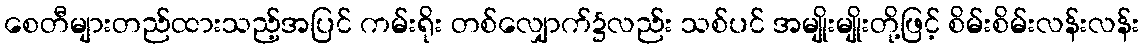
စေတီများတည်ထားသည့်အပြင် ကမ်းရိုး တစ်လျှောက်၌လည်း သစ်ပင် အမျိုးမျိုးတို့ဖြင့် စိမ်းစိမ်းလန်းလန်း